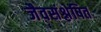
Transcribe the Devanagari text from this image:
जैवसंश्लेषित